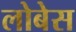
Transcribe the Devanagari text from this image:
लोबेस